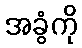
အခွံကို